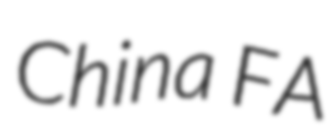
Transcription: China FA